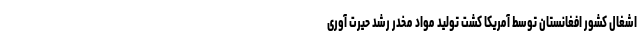
اشغال کشور افغانستان توسط آمریکا کشت تولید مواد مخدر رشد حیرت آوری